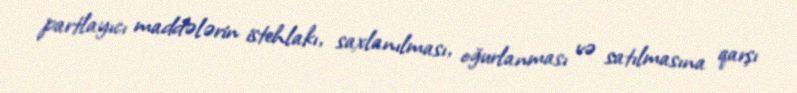
partlayıcı maddələrin istehlakı, saxlanılması, oğurlanması və satılmasına qarşı